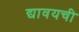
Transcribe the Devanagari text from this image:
द्यावयची